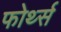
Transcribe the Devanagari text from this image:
फोर्थ्स